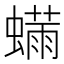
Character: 𬠬